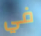
في